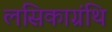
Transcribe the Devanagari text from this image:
लसिकाग्रंथि